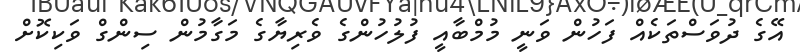
އޭގެ ދުވަސްތަކެއް ފަހުން ވަނީ މުމްބާއީ ފުލުހުންގެ ވެރިޔާގެ މަގާމުން ސިންގް ވަކިކޮށް